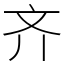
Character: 齐